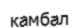
камбал